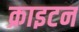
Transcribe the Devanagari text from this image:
क्राइटन